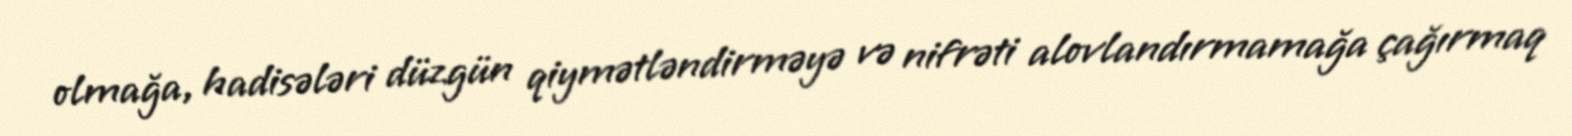
olmağa, hadisələri düzgün qiymətləndirməyə və nifrəti alovlandırmamağa çağırmaq